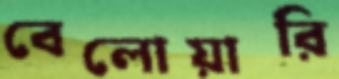
বেলোয়ারি